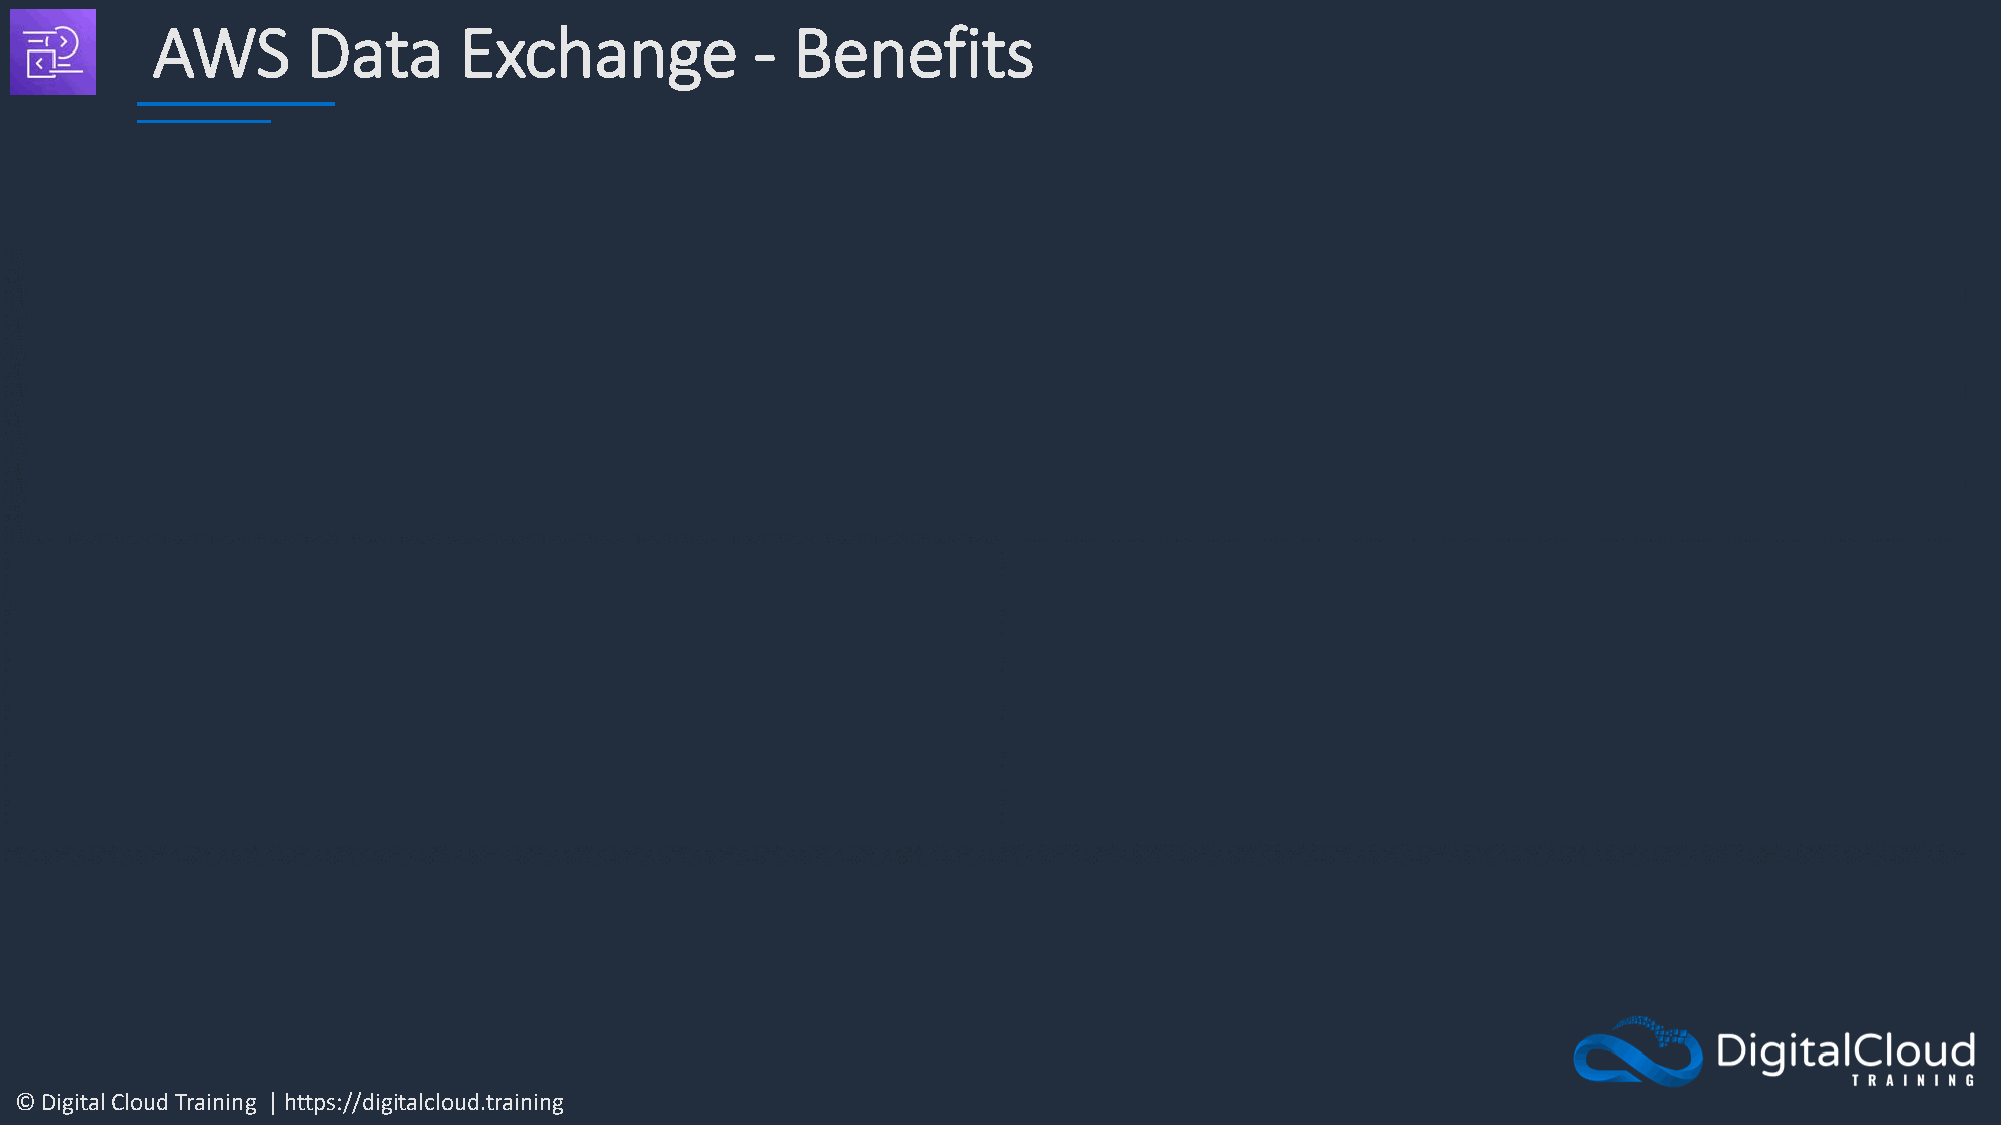
AWS       Data      Exchange            - Benefits
 © Digital Cloud Training | https://digitalcloud.training